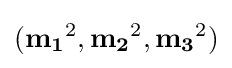
(\mathbf {m_{1}} ^{2},\mathbf {m_{2}} ^{2},\mathbf {m_{3}} ^{2})